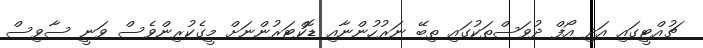
ޗުއްޓީގައި އަދި އޯފް ދުވަސްތަކުގައި ތިބޭ ނަރުހުންނާއި ޑޮކްޓަރުންނަށް މީގެކުރިންވެސް ވަނީ ސާވިސް